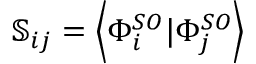
\mathbb { S } _ { i j } = \left\langle \Phi _ { i } ^ { S O } | \Phi _ { j } ^ { S O } \right\rangle